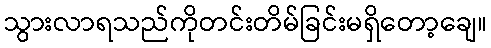
သွားလာရသည်ကိုတင်းတိမ်ခြင်းမရှိတော့ချေ။